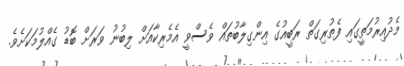
މެދުއިރުމަތީގައި ފެތުރިގަތް ރަބީއުގެ އިންގިލާބުތައް ވެސްވީ އެމެރިކާއަށް ލިބުނު ވަރަށް ބޮޑު ގެއްލުމަކަށެވެ.